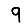
Digit: 9